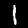
Label: 1